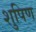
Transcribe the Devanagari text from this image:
शुपिण